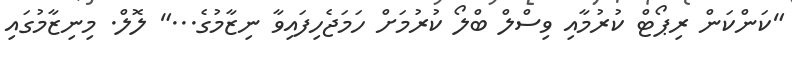
"ކަންކަން ރިޕޯޓް ކުރުމާއި ވިސްލް ބްލޯ ކުރުމަށް ހަމަޖެހިފައިވާ ނިޒާމުގެ..." ލޮލް. މިނިޒާމުގައި